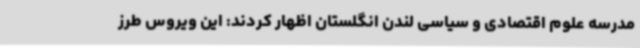
مدرسه علوم اقتصادی و سیاسی لندن انگلستان اظهار کردند: این ویروس طرز